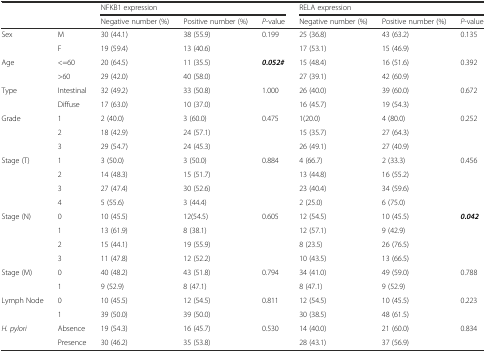
<table><thead><tr><td></td><td></td><td colspan="3"><b>NFKB1 expression</b></td><td colspan="3"><b>RELA expression</b></td></tr><tr><td></td><td></td><td><b>Negative number (%)</b></td><td><b>Positive number (%)</b></td><td><b><i>P</i>-value</b></td><td><b>Negative number (%)</b></td><td><b>Positive number (%)</b></td><td><b><i>P</i>-value</b></td></tr></thead><tbody><tr><td>Sex</td><td>M</td><td>30 (44.1)</td><td>38 (55.9)</td><td>0.199</td><td>25 (36.8)</td><td>43 (63.2)</td><td>0.135</td></tr><tr><td></td><td>F</td><td>19 (59.4)</td><td>13 (40.6)</td><td></td><td>17 (53.1)</td><td>15 (46.9)</td><td></td></tr><tr><td>Age</td><td>&lt;=60</td><td>20 (64.5)</td><td>11 (35.5)</td><td><b><i>0.052#</i></b></td><td>15 (48.4)</td><td>16 (51.6)</td><td>0.392</td></tr><tr><td></td><td>&gt;60</td><td>29 (42.0)</td><td>40 (58.0)</td><td></td><td>27 (39.1)</td><td>42 (60.9)</td><td></td></tr><tr><td>Type</td><td>Intestinal</td><td>32 (49.2)</td><td>33 (50.8)</td><td>1.000</td><td>26 (40.0)</td><td>39 (60.0)</td><td>0.672</td></tr><tr><td></td><td>Diffuse</td><td>17 (63.0)</td><td>10 (37.0)</td><td></td><td>16 (45.7)</td><td>19 (54.3)</td><td></td></tr><tr><td>Grade</td><td>1</td><td>2 (40.0)</td><td>3 (60.0)</td><td>0.475</td><td>1(20.0)</td><td>4 (80.0)</td><td>0.252</td></tr><tr><td></td><td>2</td><td>18 (42.9)</td><td>24 (57.1)</td><td></td><td>15 (35.7)</td><td>27 (64.3)</td><td></td></tr><tr><td></td><td>3</td><td>29 (54.7)</td><td>24 (45.3)</td><td></td><td>26 (49.1)</td><td>27 (40.9)</td><td></td></tr><tr><td>Stage (T)</td><td>1</td><td>3 (50.0)</td><td>3 (50.0)</td><td>0.884</td><td>4 (66.7)</td><td>2 (33.3)</td><td>0.456</td></tr><tr><td></td><td>2</td><td>14 (48.3)</td><td>15 (51.7)</td><td></td><td>13 (44.8)</td><td>16 (55.2)</td><td></td></tr><tr><td></td><td>3</td><td>27 (47.4)</td><td>30 (52.6)</td><td></td><td>23 (40.4)</td><td>34 (59.6)</td><td></td></tr><tr><td></td><td>4</td><td>5 (55.6)</td><td>3 (44.4)</td><td></td><td>2 (25.0)</td><td>6 (75.0)</td><td></td></tr><tr><td>Stage (N)</td><td>0</td><td>10 (45.5)</td><td>12(54.5)</td><td>0.605</td><td>12 (54.5)</td><td>10 (45.5)</td><td><b><i>0.042</i></b></td></tr><tr><td></td><td>1</td><td>13 (61.9)</td><td>8 (38.1)</td><td></td><td>12 (57.1)</td><td>9 (42.9)</td><td></td></tr><tr><td></td><td>2</td><td>15 (44.1)</td><td>19 (55.9)</td><td></td><td>8 (23.5)</td><td>26 (76.5)</td><td></td></tr><tr><td></td><td>3</td><td>11 (47.8)</td><td>12 (52.2)</td><td></td><td>10 (43.5)</td><td>13 (66.5)</td><td></td></tr><tr><td>Stage (M)</td><td>0</td><td>40 (48.2)</td><td>43 (51.8)</td><td>0.794</td><td>34 (41.0)</td><td>49 (59.0)</td><td>0.788</td></tr><tr><td></td><td>1</td><td>9 (52.9)</td><td>8 (47.1)</td><td></td><td>8 (47.1)</td><td>9 (52.9)</td><td></td></tr><tr><td>Lymph Node</td><td>0</td><td>10 (45.5)</td><td>12 (54.5)</td><td>0.811</td><td>12 (54.5)</td><td>10 (45.5)</td><td>0.223</td></tr><tr><td></td><td>1</td><td>39 (50.0)</td><td>39 (50.0)</td><td></td><td>30 (38.5)</td><td>48 (61.5)</td><td></td></tr><tr><td><i>H. pylori</i></td><td>Absence</td><td>19 (54.3)</td><td>16 (45.7)</td><td>0.530</td><td>14 (40.0)</td><td>21 (60.0)</td><td>0.834</td></tr><tr><td></td><td>Presence</td><td>30 (46.2)</td><td>35 (53.8)</td><td></td><td>28 (43.1)</td><td>37 (56.9)</td><td></td></tr></tbody></table>